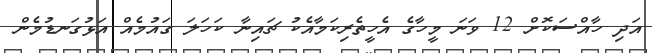
އަދި ހާއްސަކޮށް 12 ވަނަ މީހާގެ އެހީތެރިކަމާއެކު ޗައިނާ ކަހަލަ ގައުމެއް އަޅުގަނޑުމެން